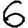
Digit: 6